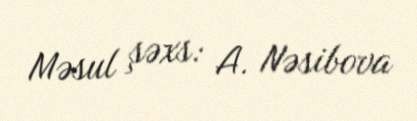
Məsul şəxs: A. Nəsibova